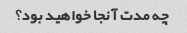
چه مدت آنجا خواهید بود؟